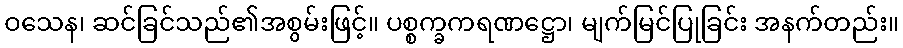
ဝသေန၊ ဆင်ခြင်သည်၏အစွမ်းဖြင့်။ ပစ္စက္ခကရဏဋ္ဌော၊ မျက်မြင်ပြုခြင်း အနက်တည်း။